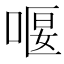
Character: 𠸯